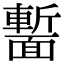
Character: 𩈻